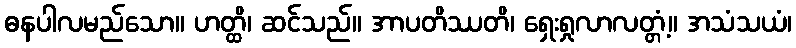
ဓနပါလမည်သော။ ဟတ္ထိ၊ ဆင်သည်။ အာပတိဿတိ၊ ရှေးရှုလာလတ္တံ့။ အသံသယံ၊